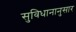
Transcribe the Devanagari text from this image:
सुविधानानुसार